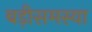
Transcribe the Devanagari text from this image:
बड़ीसमस्या